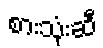
စားသုံးဆီ